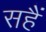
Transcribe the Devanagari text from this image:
सहैं